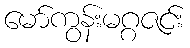
မော်ကွန်းမဂ္ဂဇင်း